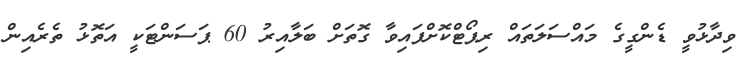
ވިދާޅުވީ ޑެންގީގެ މައްސަލަތައް ރިޕޯޓްކޮށްފައިވާ ގޮތަށް ބަލާއިރު 60 ޕަސަންޓަކީ އަތޮޅު ތެރެއިން